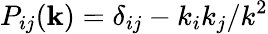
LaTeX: P_{ij}(\mathbf{k})=\delta_{ij}-k_{i}k_{j}/k^{2}